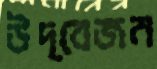
উদ্বেজন